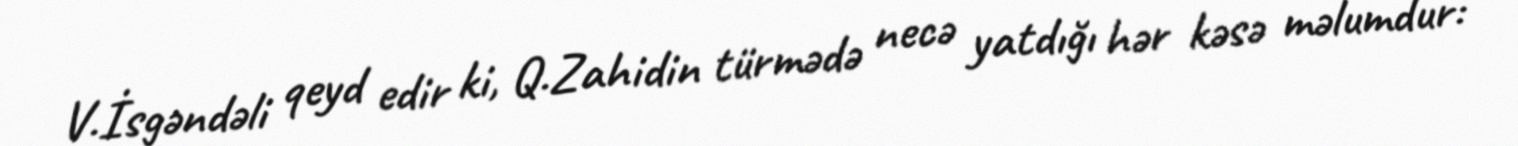
V.İsgəndəli qeyd edir ki, Q.Zahidin türmədə necə yatdığı hər kəsə məlumdur: